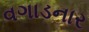
વગાડનાર